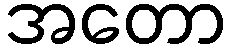
အတော